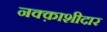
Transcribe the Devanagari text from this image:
नक्क़ाशीदार